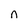
Character: n